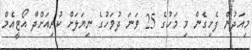
މިއަދުން ފެށިގެން މި މަހުގެ 25 ވަނަ ދުވަހުގެ ނިޔަލަށް ކުރިއަށްދާ އޯޓީއެމް